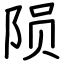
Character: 陨